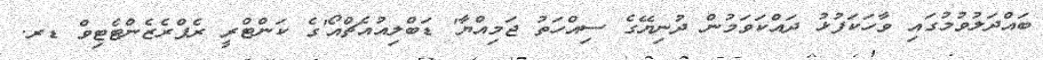
ބައްދަލުވުމުގައި ވާހަކަފުޅު ދައްކަވަމުން ދުނިޔޭގެ ސިއްހަތު ޖަމިއްޔާ' ޑަބްލިއުއެޗްއޯ'ގެ ކަންޓްރީ ރެޕްރެޒެންޓެޓިވް ޑރ.